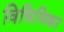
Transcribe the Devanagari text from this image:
विधियिका